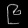
Digit: ၉